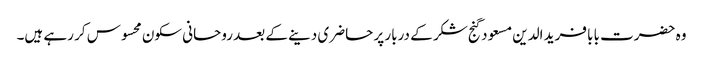
وہ حضرت بابا فرید الدین مسعود گنج شکر کے دربار پر حاضری دینے کے بعد روحانی سکون محسوس کر رہے ہیں۔